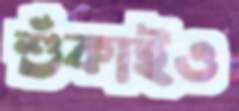
শুঁকাইও